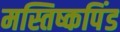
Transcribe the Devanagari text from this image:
मस्तिष्कपिंड